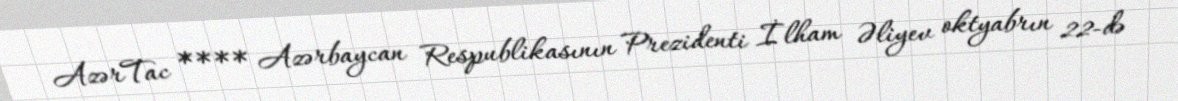
AzərTac **** Azərbaycan Respublikasının Prezidenti İlham Əliyev oktyabrın 22-də